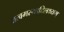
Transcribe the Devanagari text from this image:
तत्वमस्यादिलक्ष्यम्‌